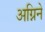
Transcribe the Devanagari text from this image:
अग्निने